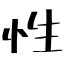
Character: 性